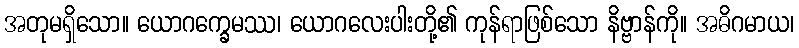
အတုမရှိသော။ ယောဂက္ခေမဿ၊ ယောဂလေးပါးတို့၏ ကုန်ရာဖြစ်သော နိဗ္ဗာန်ကို။ အဓိဂမာယ၊